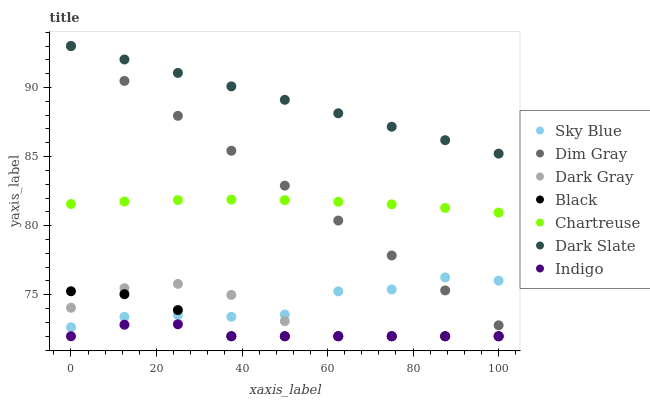
| xaxis_label | Sky Blue | Dim Gray | Dark Gray | Black | Chartreuse | Dark Slate | Indigo |
 | --- | --- | --- | --- | --- | --- | --- | --- |
 | 0 | 72.7 | 93 | 74.1 | 75.3 | 81.6 | 93 | 72 |
 | 12.5 | 73.4 | 90.5 | 75.5 | 75 | 81.7 | 92 | 72.8 |
 | 25 | 73.5 | 87.9 | 75.8 | 73.9 | 81.9 | 91.1 | 72.9 |
 | 37.5 | 73.4 | 85.4 | 75 | 72 | 81.9 | 90.1 | 72 |
 | 50 | 73.6 | 82.9 | 73.1 | 72 | 81.8 | 89.1 | 72 |
 | 62.5 | 75.2 | 80.4 | 72 | 72 | 81.7 | 88.1 | 72 |
 | 75 | 75.4 | 77.8 | 72 | 72 | 81.5 | 87.2 | 72 |
 | 87.5 | 76.3 | 75.3 | 72 | 72 | 81.3 | 86.2 | 72 |
 | 100 | 76 | 72.8 | 72 | 72 | 80.9 | 85.2 | 72 |